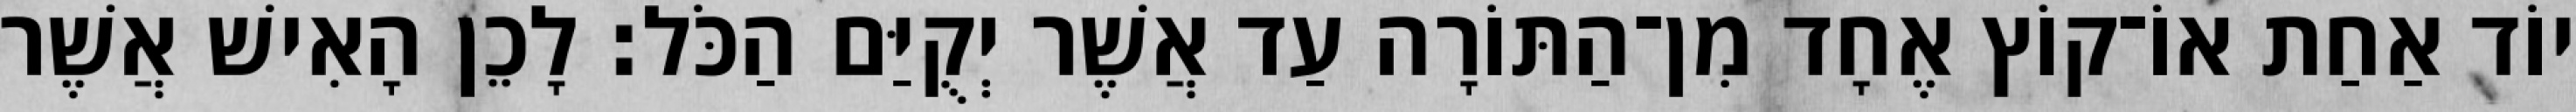
יוֹד אַחַת אוֹ־קוֹץ אֶחָד מִן־הַתּוֹרָה עַד אֲשֶׁר יְקֻיַּם הַכֹּל׃ לָכֵן הָאִישׁ אֲשֶׁר